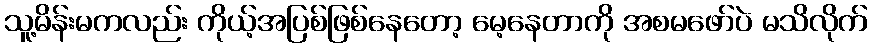
သူ့မိန်းမကလည်း ကိုယ့်အပြစ်ဖြစ်နေတော့ မေ့နေတာကို အစမဖော်ပဲ မသိလိုက်